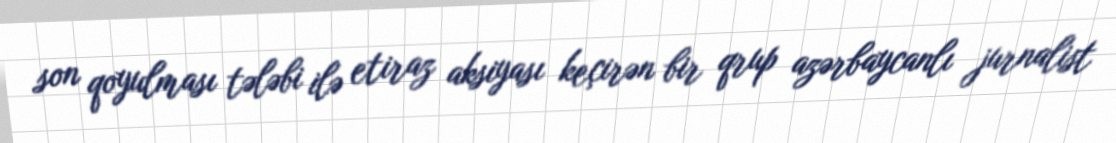
son qoyulması tələbi ilə etiraz aksiyası keçirən bir qrup azərbaycanlı jurnalist